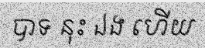
បាទ នុះ ឯង ហើយ